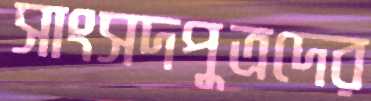
সাংসদপুত্রদের